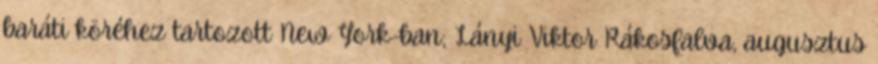
baráti köréhez tartozott New York-ban; Lányi Viktor Rákosfalva, augusztus